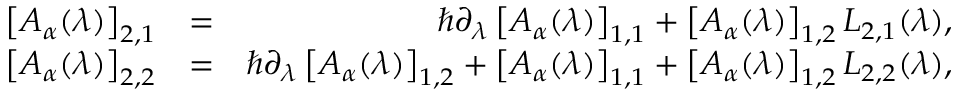
\begin{array} { r l r } { \left[ A _ { \boldsymbol { \alpha } } ( \lambda ) \right] _ { 2 , 1 } } & { = } & { \hbar \partial _ { \lambda } \left[ A _ { \boldsymbol { \alpha } } ( \lambda ) \right] _ { 1 , 1 } + \left[ A _ { \boldsymbol { \alpha } } ( \lambda ) \right] _ { 1 , 2 } L _ { 2 , 1 } ( \lambda ) , } \\ { \left[ A _ { \boldsymbol { \alpha } } ( \lambda ) \right] _ { 2 , 2 } } & { = } & { \hbar \partial _ { \lambda } \left[ A _ { \boldsymbol { \alpha } } ( \lambda ) \right] _ { 1 , 2 } + \left[ A _ { \boldsymbol { \alpha } } ( \lambda ) \right] _ { 1 , 1 } + \left[ A _ { \boldsymbol { \alpha } } ( \lambda ) \right] _ { 1 , 2 } L _ { 2 , 2 } ( \lambda ) , } \end{array}